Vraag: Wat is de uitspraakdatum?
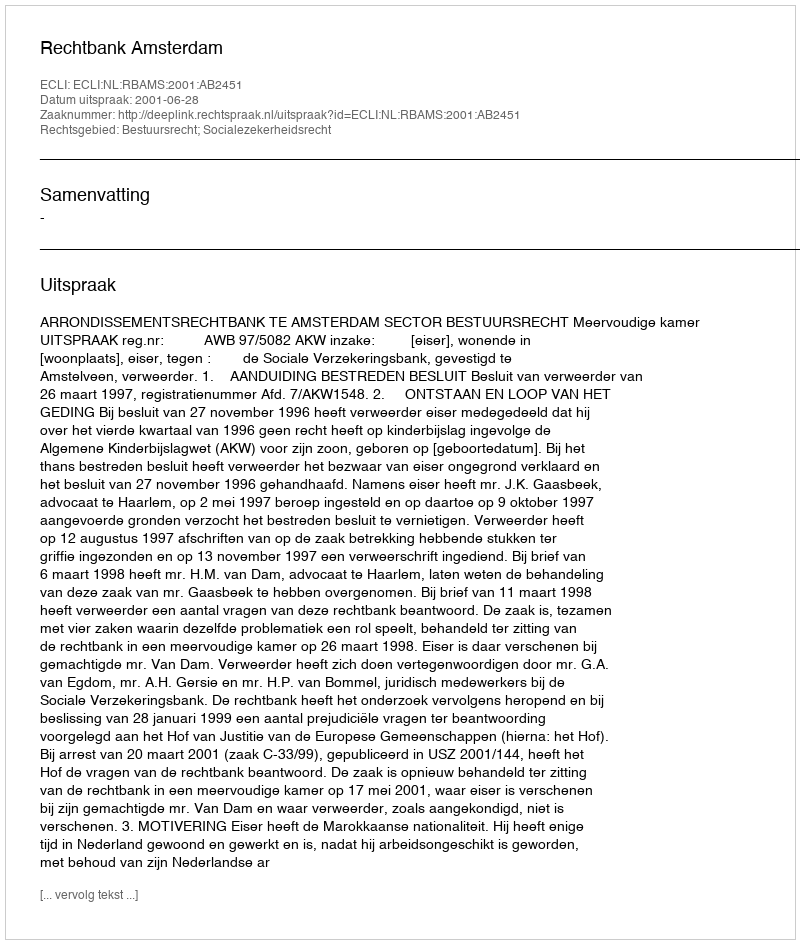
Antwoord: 2001-06-28